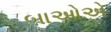
બાઓએ